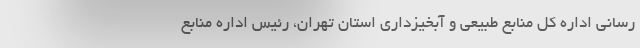
رسانی اداره کل منابع طبیعی و آبخیزداری استان تهران، رئیس اداره منابع